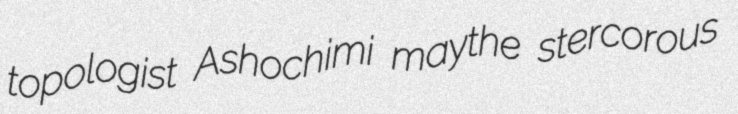
topologist Ashochimi maythe stercorous